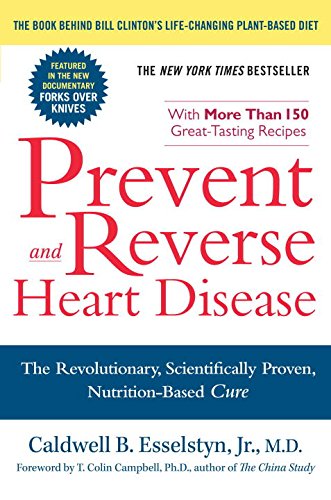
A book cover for Prevent and Reverse Heart Disease: The Revolutionary, Scientifically Proven, Nutrition-Based Cure; Caldwell B. Esselstyn Jr.; Health, Fitness & Dieting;